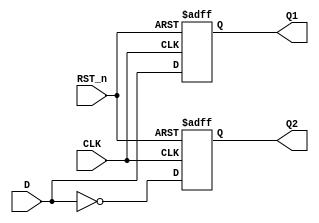
`timescale 1ns / 1ps
//////////////////////////////////////////////////////////////////////////////////
// Company: 
// Engineer: 
// 
// Design Name: 
// Module Name: Asynchronous_D_FF
// Project Name: 
// Target Devices: 
// Tool Versions: 
// Description: 
// 
// Dependencies: 
// 
// Revision:
// Revision 0.01 - File Created
// Additional Comments:
// 
//////////////////////////////////////////////////////////////////////////////////


module Asynchronous_D_FF(
    input CLK, //
    input D, //D
    input RST_n, //
    output reg Q1, //Q
    output reg Q2 // ?
    );
    always @(posedge CLK or negedge RST_n)
    begin
        if(RST_n==0)
        begin
            Q1<=0;
            Q2<=1;
        end
        else
        begin
            Q1<=D;
            Q2<=~D;
        end
    end
endmodule